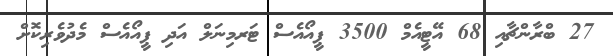
27 ބްރާންޗާއި 68 އޭޓީއެމް 3500 ޕީއޯއެސް ޓަރމިނަލް އަދި ޕީއޯއެސް މެދުވެރިކޮށް